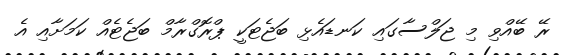
ރޭ ބޭއްވި މި ޖަލްސާގައި ކަނޑައެޅި ބަޖެޓަކީ ޕްރޮގްރާމް ބަޖެޓެއް ކަމަށާއި އެ